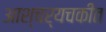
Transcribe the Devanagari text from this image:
आश्चर्यचकीत